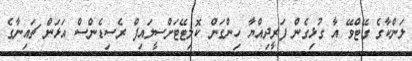
ލަންކާގެ ގޭޓްވޭ އާ ގުޅިގެން ފަރީދިއްޔާ ހިންގަން ކޮލިޓޭޓަށްސީލައިފް ރެސިޑެންސް އަޅަން ޗައިނާގެ